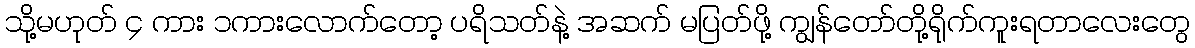
သို့မဟုတ် ၄ ကား ၁ကားလောက်တော့ ပရိသတ်နဲ့ အဆက် မပြတ်ဖို့ ကျွန်တော်တို့ရိုက်ကူးရတာလေးတွေ